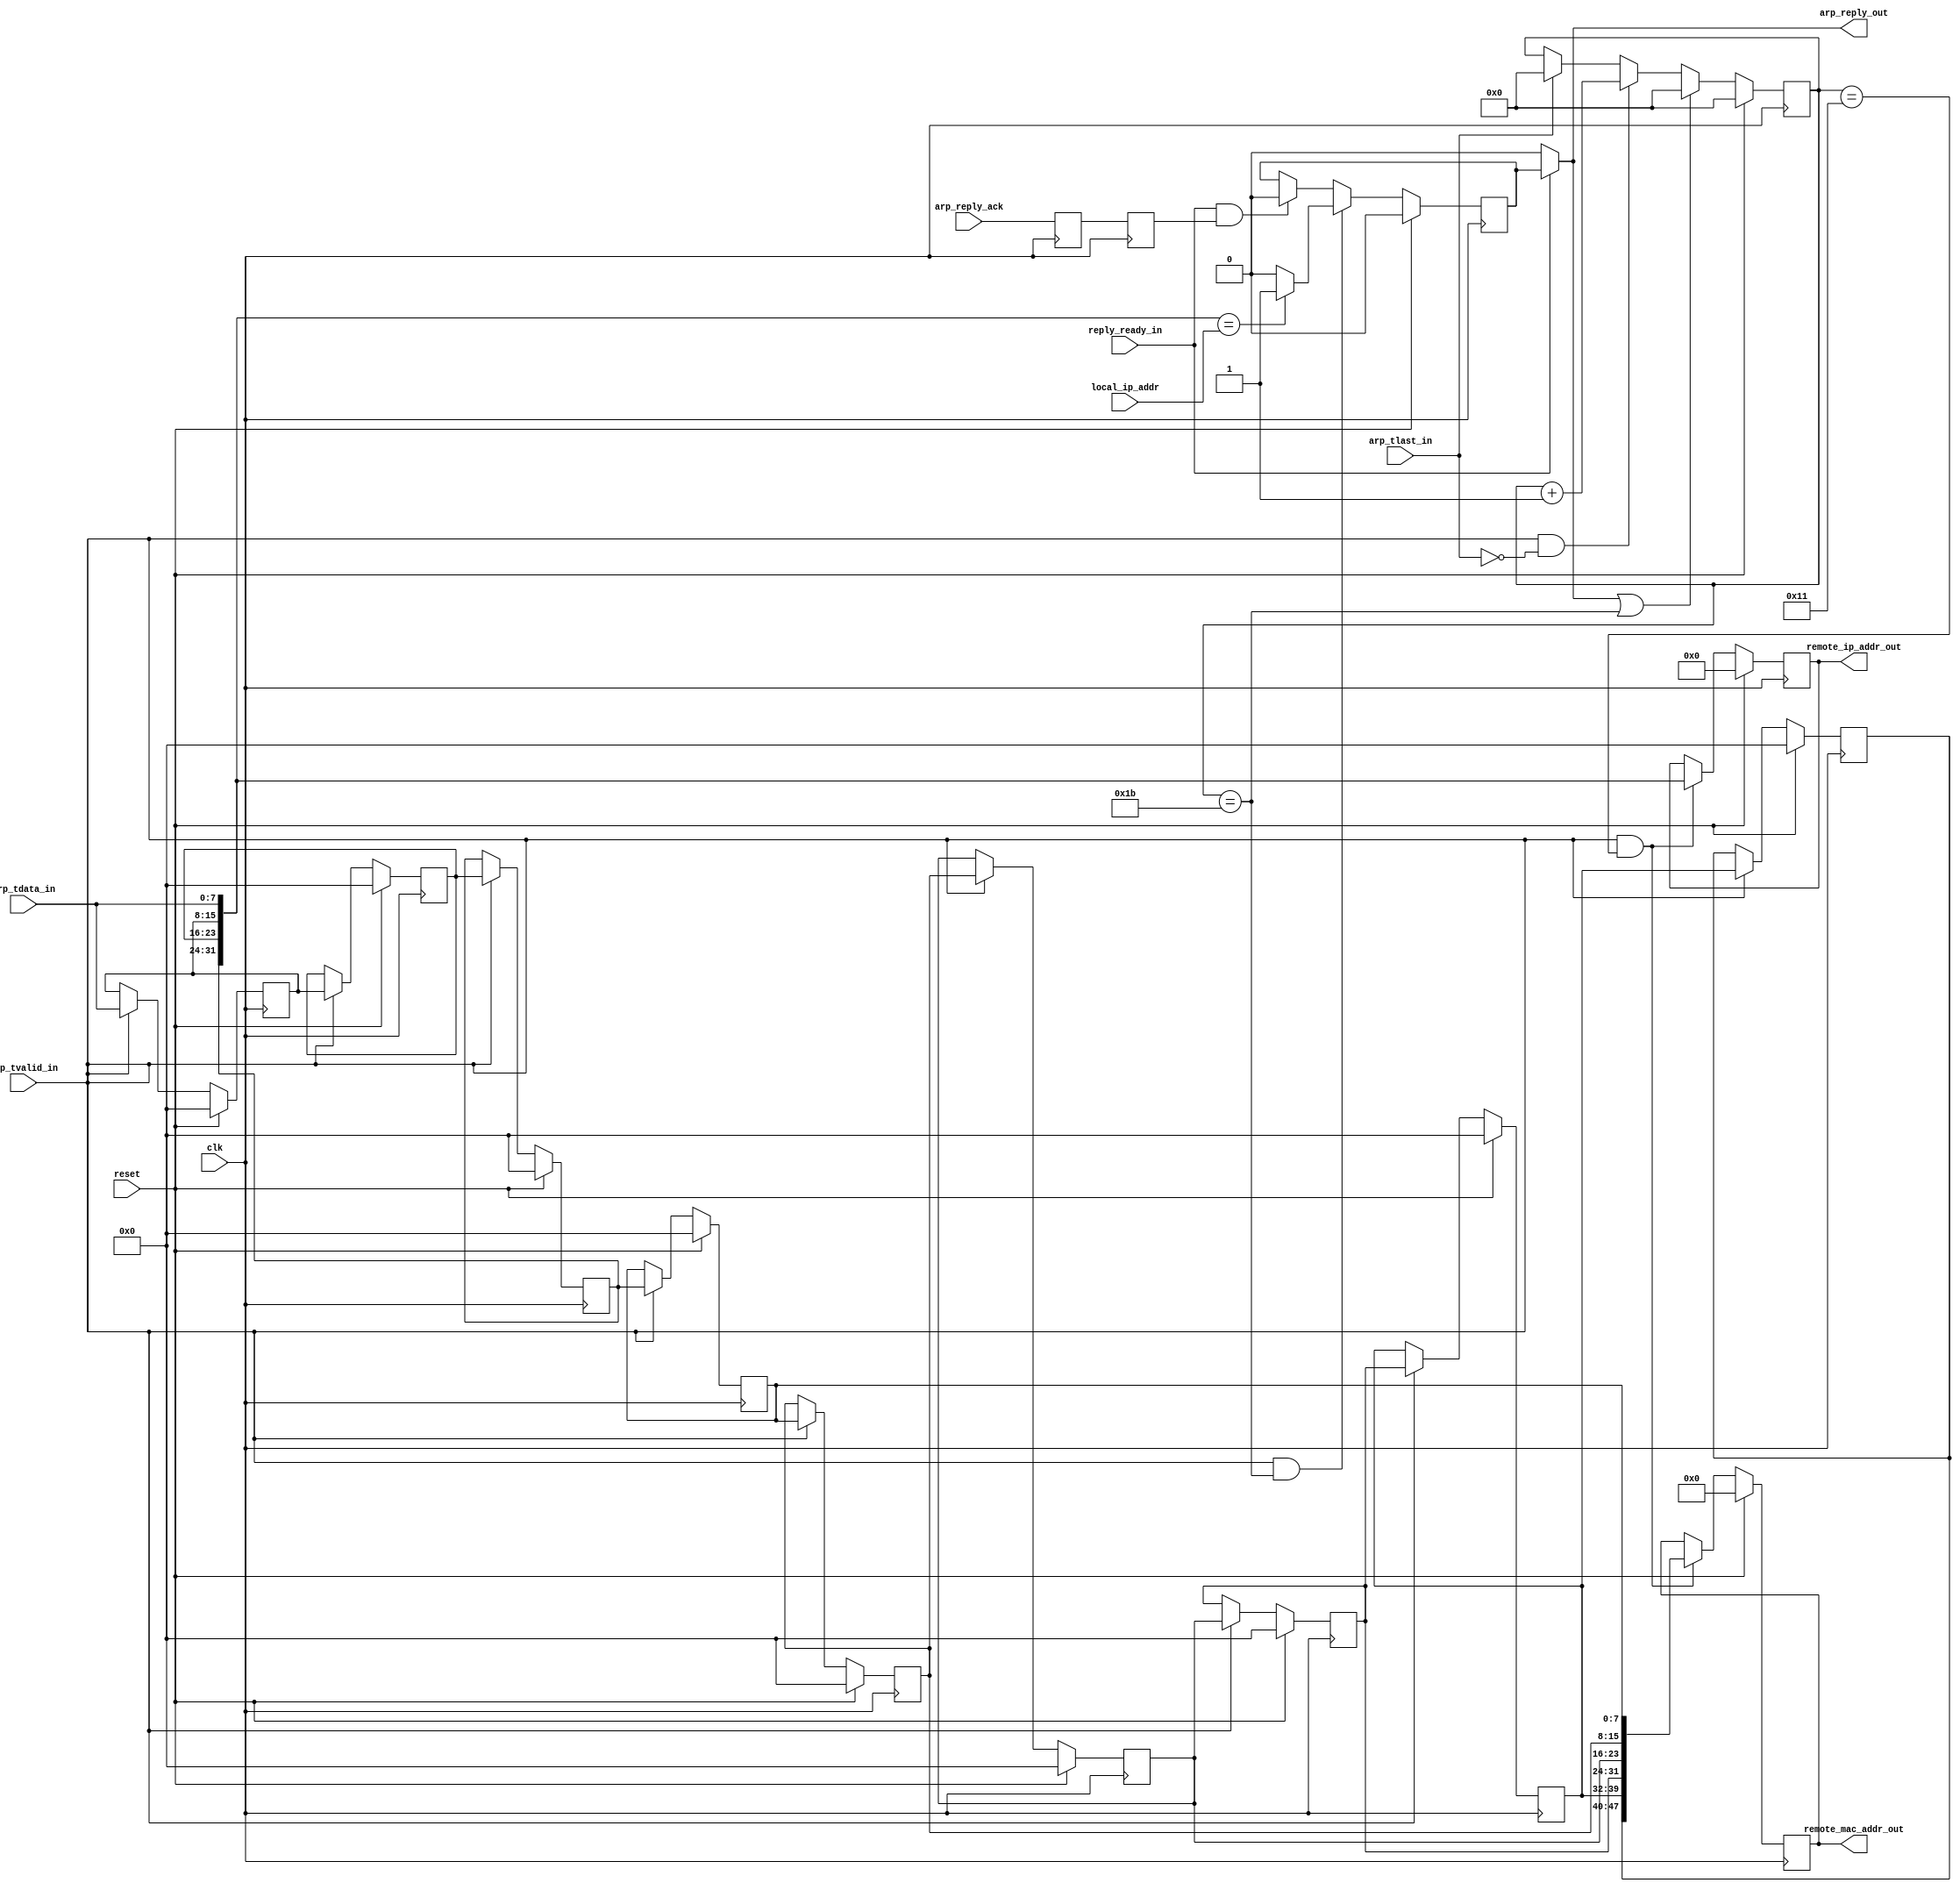
`timescale 1ns/1ps

module arp_recv (
    input               clk,
    input               reset,

    input [7:0]         arp_tdata_in,
    input               arp_tvalid_in,
    input               arp_tlast_in,

    input [31:0]        local_ip_addr,

    input               reply_ready_in,
    output reg [31:0]   remote_ip_addr_out,
    output reg [47:0]   remote_mac_addr_out,
    // Send out the remote ARP request
    input               arp_reply_ack,
    output              arp_reply_out

);
localparam              BUF_DEPTH = 9;
localparam              ARP_LENGTH = 28;
reg [7:0]               data_buf[0: BUF_DEPTH-1];

reg [4:0]               byte_cnt;
reg                     arp_reply_r;
reg                     arp_reply_ack_r1, arp_reply_ack_r2;
wire [31:0]             des_ip;

integer k;

//Clock domain cross

always @(posedge clk) begin
    arp_reply_ack_r1 <= arp_reply_ack;
    arp_reply_ack_r2 <= arp_reply_ack_r1;
end

always @(posedge clk) begin
    if (reset) begin
        for (k = 0; k < BUF_DEPTH; k = k + 1) begin
            data_buf[k] <= 'h0;
        end
    end
    else begin
        if (arp_tvalid_in) begin
            for (k = 0; k < (BUF_DEPTH - 1); k = k + 1) begin
                data_buf[k + 1] <= data_buf[k];
            end
            data_buf[0] <= arp_tdata_in;
        end
        else begin
            for (k = 0; k < (BUF_DEPTH - 1); k = k + 1) begin
                data_buf[k] <= data_buf[k];
            end
        end
    end
end

always @(posedge clk) begin
    if (reset) begin
        byte_cnt <= 'h0;
    end
    else begin
        if (arp_reply_out || byte_cnt == (ARP_LENGTH - 1)) begin
            byte_cnt <= 'h0;
        end
        else if (arp_tvalid_in && ~arp_tlast_in) begin
            byte_cnt <= byte_cnt + 5'd1;
        end
        else if (arp_tlast_in) begin
            byte_cnt <= 'h0;
        end
        else begin
            byte_cnt <= byte_cnt;
        end
    end
end

assign des_ip = {data_buf[2], data_buf[1], data_buf[0], arp_tdata_in};

always @(posedge clk) begin
    if (reset) begin
        remote_mac_addr_out <= 'h0;
        remote_ip_addr_out <= 'h0;
        arp_reply_r <= 1'b0;
    end
    else begin
        remote_ip_addr_out <= remote_ip_addr_out;
        remote_mac_addr_out <= remote_mac_addr_out;
        // Register the remote IP and MAC, used in the ARP reply operation.
        if (arp_tvalid_in && byte_cnt == 5'd17 ) begin
            remote_mac_addr_out <= {data_buf[8], data_buf[7], data_buf[6], data_buf[5],
                                data_buf[4], data_buf[3]};
            remote_ip_addr_out <= {data_buf[2], data_buf[1], data_buf[0], arp_tdata_in};
        end
        if (arp_tvalid_in && (byte_cnt == 5'd27)) begin
            // Filter the local_ip_address and generate ARP reply operation
            if (des_ip == local_ip_addr) begin
                arp_reply_r <= 1'b1;
            end
            else begin
                arp_reply_r <= 1'b0;
            end
        end
        else if (reply_ready_in && arp_reply_ack_r2)begin
            arp_reply_r <= 1'b0;
        end
        else begin
            arp_reply_r <= arp_reply_r;
        end
    end
end

assign arp_reply_out = reply_ready_in ? arp_reply_r : 1'b0;
/*
wire [0:0] arp_tvalid_ila;
wire [0:0] arp_tlast_ila;
wire [0:0] arp_reply_ila;
wire [0:0] arp_reply_ack_ila;
assign arp_tvalid_ila[0] = arp_tvalid_in;
assign arp_tlast_ila[0] = arp_tlast_in;
assign arp_reply_ila[0] = arp_reply_r;
assign arp_reply_ack_ila[0] = arp_reply_ack_r2;

ila_arp ila_arp (
        .clk(clk), // input wire clk
        .probe0(des_ip),
        .probe1(byte_cnt),
        .probe2(arp_reply_ila),
        .probe3(arp_tdata_in),
        .probe4(arp_tvalid_ila),
        .probe5(arp_tlast_ila),
        .probe6(local_ip_addr),
        .probe7(arp_reply_ack_ila)
    );
*/
endmodule